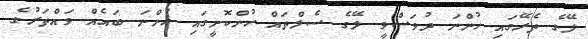
ލޭގެ ތެރޭގައި ހުންނަ ދުވަސްވީ ލޭގެ ސެލްތައް ހުންކޮށީގައި ހުންނަ ބައެއް ވައްތަރުގެ